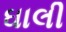
ઘાલી